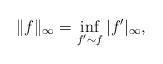
LaTeX: \begin{align*}\|f\|_\infty = \inf_{f'\sim f}|f'|_\infty, \end{align*}